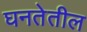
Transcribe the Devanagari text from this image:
घनतेतील